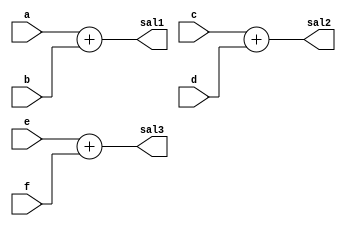
module taskVerilog (
    input [3:0]a, b, c, d, e, f, 
    output reg [3:0] sal1,sal2,sal3
);
    task suma(input [3:0] opt1, opt2, output [3:0] res);
        begin
            res = opt1 + opt2;
        end
    endtask
	 
    always @(*) begin
        suma(a,b,sal1);
        suma(c,d,sal2); 
        suma(e,f,sal3);    
    end 

endmodule